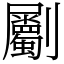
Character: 劚